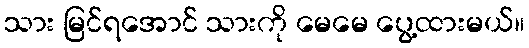
သား မြင်ရအောင် သားကို မေမေ ပွေ့ထားမယ်။